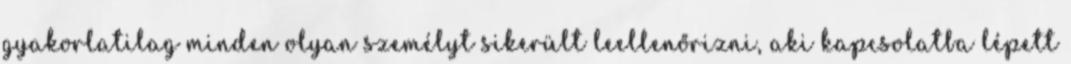
gyakorlatilag minden olyan személyt sikerült leellenőrizni, aki kapcsolatba lépett